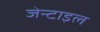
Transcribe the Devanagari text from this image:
जेन्टाइल